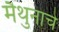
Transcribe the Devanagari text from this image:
मैथुनाचे